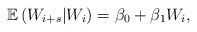
\begin{align*}\mathbb{E} \left( W_{i+s} | W_i \right)=\beta_0 +\beta_1 W_i ,\end{align*}